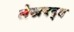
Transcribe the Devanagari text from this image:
लेखवद्ध